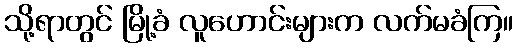
သို့ရာတွင် မြို့ခံ လူဟောင်းများက လက်မခံကြ။